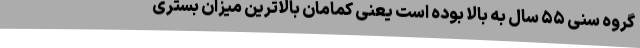
گروه سنی ۵۵ سال به بالا بوده است یعنی کمامان بالاترین میزان بستری